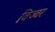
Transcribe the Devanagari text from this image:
विज्वर